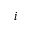
i